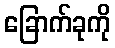
ခြောက်ခုကို